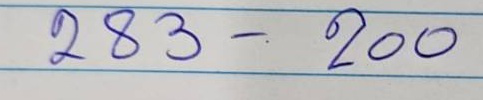
283 - 200